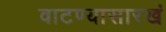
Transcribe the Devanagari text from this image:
वाटण्यासारखं